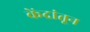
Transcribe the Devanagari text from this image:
केंद्रांतून